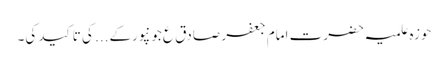
حوزہ علمیہ حضرت امام جعفر صادق ع جونپورکے... کی تاکید کی۔